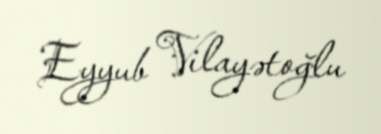
Eyyub Vilayətoğlu